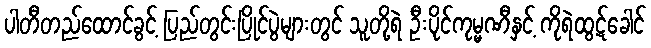
ပါတီတည်ထောင်ခွင့် ပြည်တွင်းပြိုင်ပွဲများတွင် သူတို့ရဲ ဦးပိုင်ကုမ္မဏီနှင့် ကိုရဲထွဋ်ခေါင်